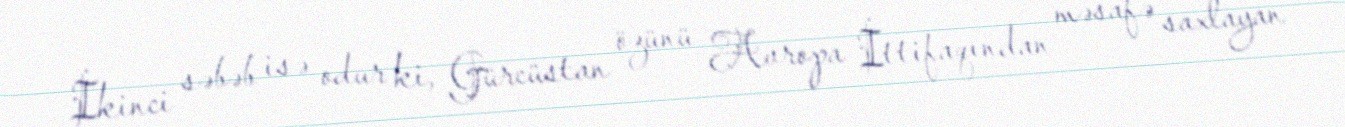
İkinci səbəb isə odur ki, Gürcüstan özünü Avropa İttifaqından məsafə saxlayan